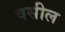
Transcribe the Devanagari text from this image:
वसील